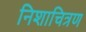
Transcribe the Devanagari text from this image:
निशाचित्रण